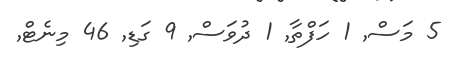
5 މަސް